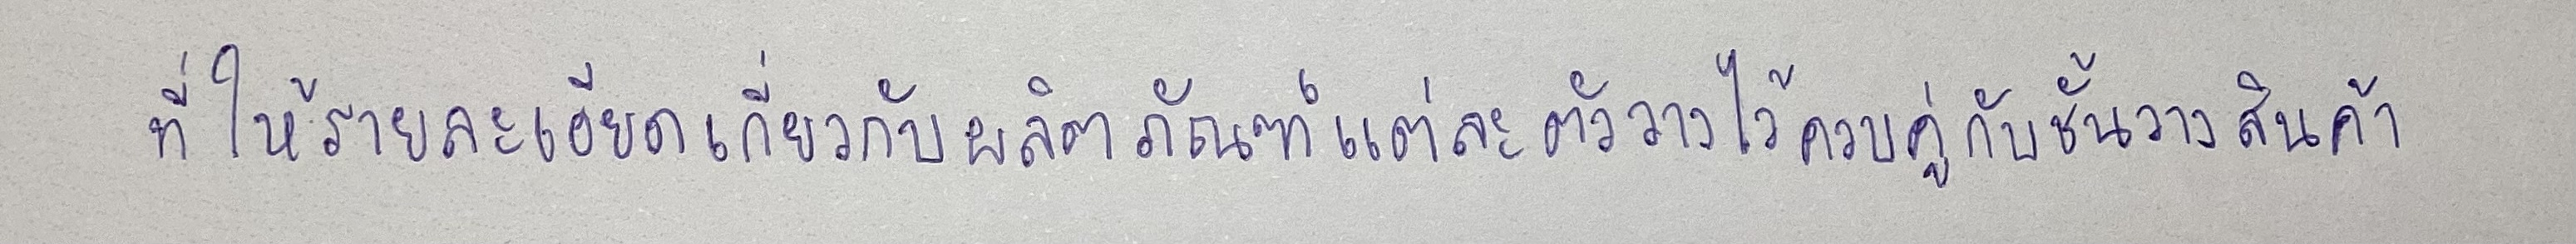
ที่ให้รายละเอียดเกี่ยวกับผลิตภัณฑ์แต่ละตัววางไว้ควบคู่กับชั้นวางสินค้า